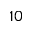
1 0